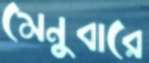
মেনুবারে